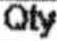
QTY